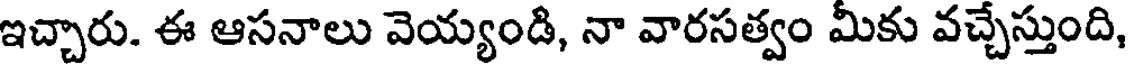
ఇచ్చారు. ఈ ఆసనాలు వెయ్యండి, నా వారసత్వం మీకు వచ్చేస్తుంది